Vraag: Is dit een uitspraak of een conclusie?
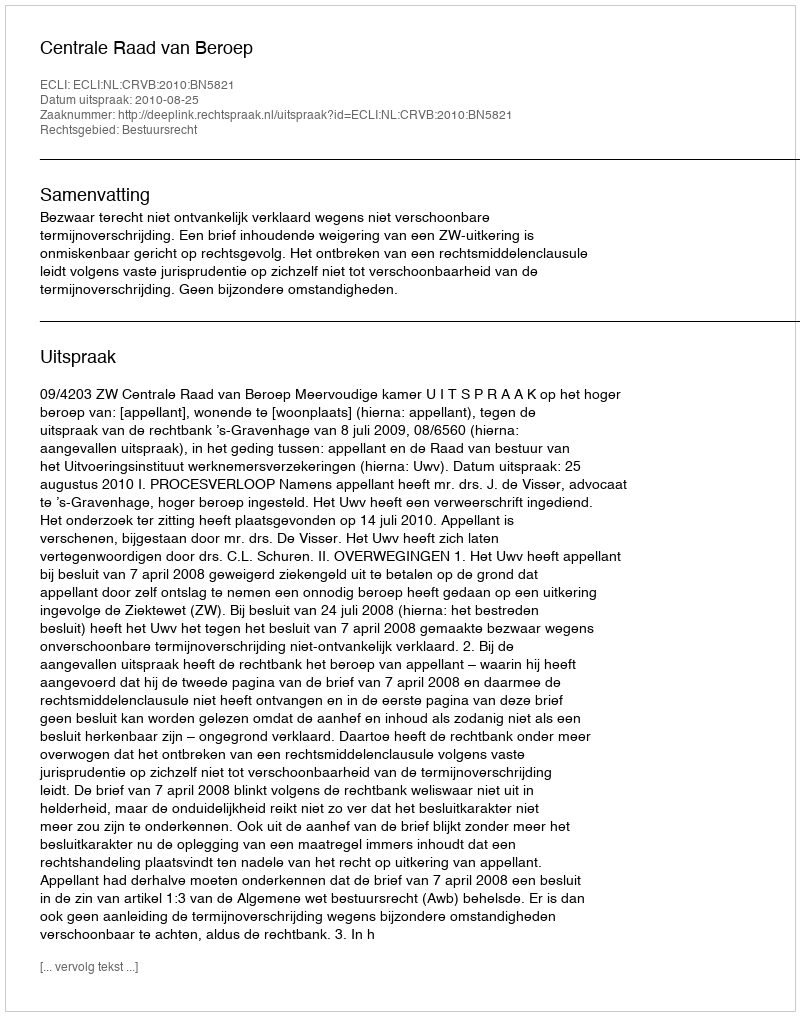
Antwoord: Uitspraak